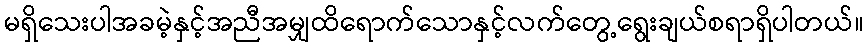
မရှိသေးပါအခမဲ့နှင့်အညီအမျှထိရောက်သောနှင့်လက်တွေ့ရွေးချယ်စရာရှိပါတယ်။